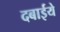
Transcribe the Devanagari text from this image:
दबाईये